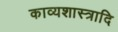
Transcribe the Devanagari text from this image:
काव्यशास्त्रादि